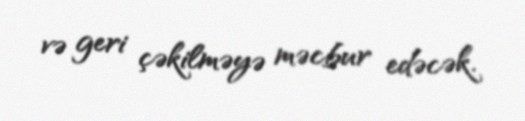
və geri çəkilməyə məcbur edəcək.